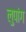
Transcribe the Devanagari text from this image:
लुपांग